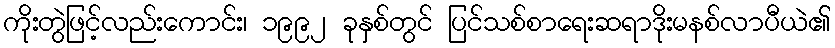
ကိုးတွဲဖြင့်လည်းကောင်း၊ ၁၉၉၂ ခုနှစ်တွင် ပြင်သစ်စာရေးဆရာဒိုးမနစ်လာပီယဲ၏